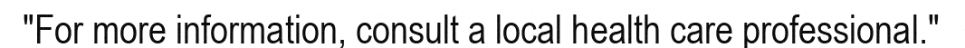
"For more information, consult a local health care professional."